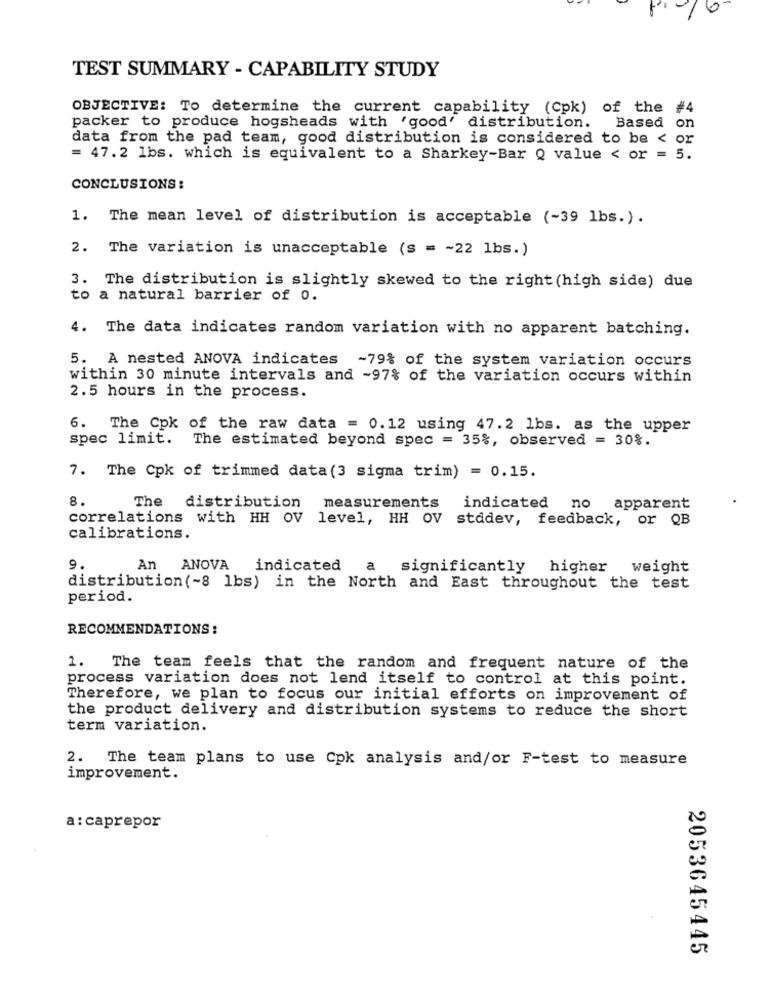
6
TEST SUMMARY - CAPABILITY STUDY
OBJECTIVE: To determine the current capability (Cpk) of the #4
packer to produce hogsheads with 'good' distribution. Based on
data from the pad team, good distribution is considered to be < or
= 47.2 lbs. which is equivalent to a Sharkey-Bar Q value < or = 5.
CONCLUSIONS:
1. The mean level of distribution is acceptable (~39 lbs.).
2. The variation is unacceptable (s = ~ 22 lbs.)
3. The distribution is slightly skewed to the right (high side) due
to a natural barrier of 0.
4. The data indicates random variation with no apparent batching.
5. A nested ANOVA indicates -79% of the system variation occurs
within 30 minute intervals and ~97% of the variation occurs within
2.5 hours in the process.
6. The Cpk of the raw data = 0.12 using 47.2 lbs. as the upper
spec limit. The estimated beyond spec = 35%, observed = 30%.
7. The Cpk of trimmed data (3 sigma trim) = 0.15.
8.
measurements
The
distribution
indicated
no
apparent
correlations with HH OV level, HH OV stddev, feedback, or QB
calibrations.
9.
An ANOVA
indicated a significantly higher weight
distribution(-8 lbs) in the North and East throughout the test
period.
RECOMMENDATIONS :
1.
The team feels that the random and frequent nature of the
process variation does not lend itself to control at this point.
Therefore, we plan to focus our initial efforts on improvement of
the product delivery and distribution systems to reduce the short
term variation.
2. The team plans to use Cpk analysis and/or F-test to measure
improvement.
a: caprepor
2053645445